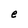
Character: e